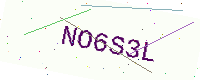
Text: NO6S3L